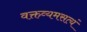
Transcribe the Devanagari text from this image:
वक्तव्यमसत्यं